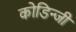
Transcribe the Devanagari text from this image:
कोडिन्जी